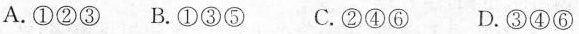
A.①②③ B.①③⑤ C.②④⑥ D.③④⑥